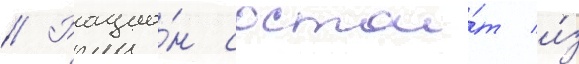
// Рацио́н состои́т и́з